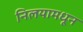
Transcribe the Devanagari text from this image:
निलयामधून